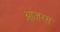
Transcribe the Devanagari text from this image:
ओजरस